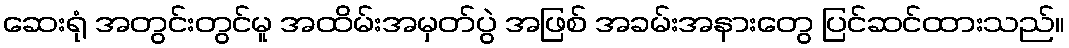
ဆေးရုံ အတွင်းတွင်မူ အထိမ်းအမှတ်ပွဲ အဖြစ် အခမ်းအနားတွေ ပြင်ဆင်ထားသည်။